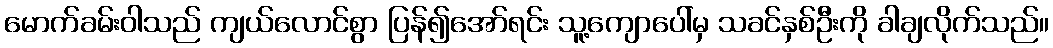
မောက်ခမ်းဝါသည် ကျယ်လောင်စွာ ပြန်၍အော်ရင်း သူ့ကျောပေါ်မှ သခင်နှစ်ဦးကို ခါချလိုက်သည်။